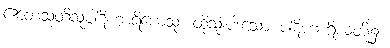
ဧတေသုတိသုပါဋိဟာရိယေသု၊ ထိုသုံးပါးသော ပါဋိဟာရိယတို့၌။